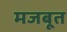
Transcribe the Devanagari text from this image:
मजबूूत